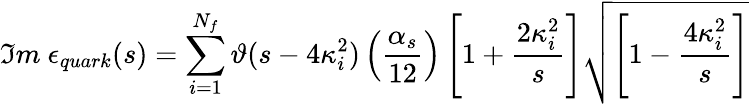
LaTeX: \Im m\ \epsilon_{quark}(s)=\sum_{i=1}^{N_{f}}\vartheta(s-4\kappa_{i}^{2})\left(\frac{\alpha_{s}}{12}\right)\left[1+\frac{2\kappa_{i}^{2}}{s}\right]\sqrt{\left[1-\frac{4\kappa_{i}^{2}}{s}\right]}